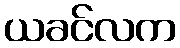
ယခင်လက